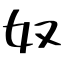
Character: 奴